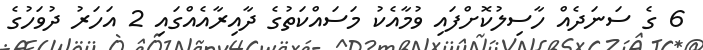
6 ގެ ސަނަދެއް ހާސިލުކޮށްފައި ވުމާއެކު މަސައްކަތުގެ ދާއިރާއެއްގައި 2 އަހަރު ދުވަހުގެ